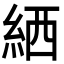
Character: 絤